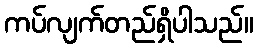
ကပ်လျက်တည်ရှိပါသည်။